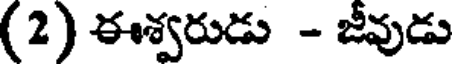
(2) ఈశ్వరుడు - జీవుడు